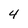
Character: 4